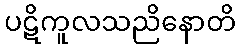
ပဋိကူလသညိနောတိ